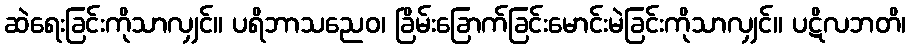
ဆဲရေးခြင်းကိုသာလျှင်။ ပရိဘာသညေဝ၊ ခြိမ်းခြောက်ခြင်းမောင်းမဲခြင်းကိုသာလျှင်။ ပဋိလဘတိ၊